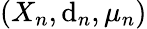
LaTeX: (X_{n},\mathrm{d}_{n},\mu_{n})